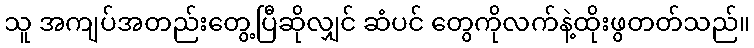
သူ အကျပ်အတည်းတွေ့ပြီဆိုလျှင် ဆံပင် တွေကိုလက်နဲ့ထိုးဖွတတ်သည်။